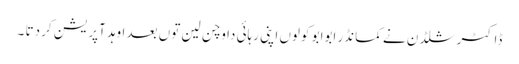
ڈاکٹر شلڈن نے کمانڈر ابوابو کولوں اپنی رہائی دا وچن لین توں بعد اوہد آپریشن کر دتا ۔